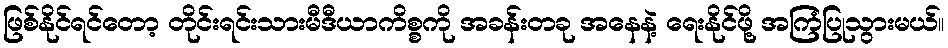
ဖြစ်နိုင်ရင်တော့ တိုင်းရင်းသားမီဒီယာကိစ္စကို အခန်းတခု အနေနဲ့ ရေးနိုင်ဖို့ အကြံပြုသွားမယ်။